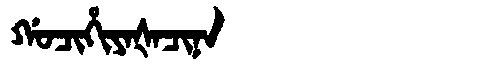
Manchu: ᡤᠣᠴᡳᡥᡳᠶᠠᡧᠠᠴᡳᠨᠠ
Romanization: GOCIHIYAŠACINA